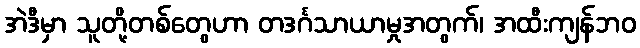
အဲဒီမှာ သူတို့တစ်တွေဟာ တဒင်္ဂသာယာမှုအတွက်၊ အထီးကျန်ဘဝ